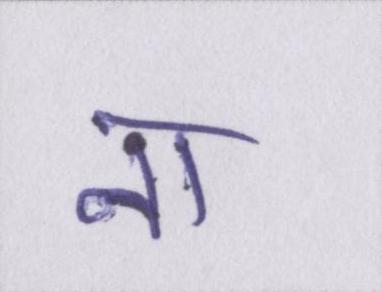
ना